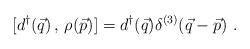
LaTeX: \begin{align*}[d^{\dagger}(\vec{q})\,,\,\rho (\vec{p})]=d^{\dagger}(\vec{q})\delta^{(3)}(\vec{q}-\vec{p}) \,\,.\end{align*}